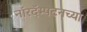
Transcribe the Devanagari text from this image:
नॉरदॅम्पटनच्या